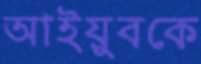
আইয়ুবকে